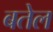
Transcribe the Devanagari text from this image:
बतेल